Report on horse surra - Volume I
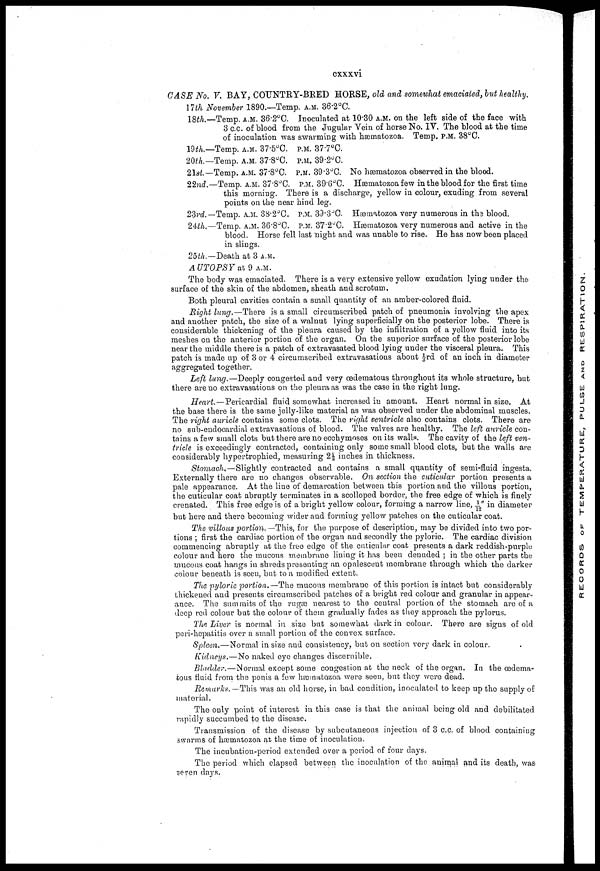
cxxxvi
CASE No. 7. BAY, COUNTRY-BRED HORSE, old and somewhat emaciated, but healthy.
17 th November 1890.—Temp. A.M. 36.2°C.
18th.— Temp. A.M. 36.2°C. Inoculated at 10.30 A.M. on the left side of the face with
3 c.c. of blood from the Jugular Vein of horse No. IV. The blood at the time
of inoculation was swarming with hæmatozoa. Temp. P.M. 38°C.
19th.—Temp. A.M. 37.5°C. P.M. 37.7°C.
20th.—Temp. A.M. 37.8°C. P.M. 39.2°C.
21st — Temp. A.M. 37.8°C. P.M. 39.3°C. No hæmatozoa observed in the blood.
22nd.—Temp. A.M. 37.8°C. P.M. 39.6°C. Hæmatozoa f ew in the blood for the first time
this morning. There is a discharge, yellow in colour, exuding from several
points on the near hind leg.
23rd.— Temp. A.M. 38.2°C. P.M. 39.3°C. Hætnatozoa very numerous in the blood.
24th.—Temp. A.M. 36.8°C. P.M. 37.2°C. Hæmatozoa very numerous and active in the
blood. Horse fell last night and was unable to rise. He has now been placed
in slings.
25th.—Death at 3 A.M.
A UTOPSY at 9 A.M.
The body was emaciated. There is a very extensive yellow exudation lying under the
surface of the skin of the abdomen, sheath and scrotum.
Both pleural cavities contain a small quantity of an amber-colored fluid.
Might lung.—There is a small circumscribed patch of pneumonia involving the apex
and another patch, the size of a walnut lying superficially on the posterior lobe. There is
considerable thickening of the pleura caused by the infiltration of a yellow fluid into its
meshes on the anterior portion of the organ. On the superior surface of the posterior lobe
near the middle there is a patch of extravasated blood lying under the visceral pleura. This
patch is made up of 3 or 4 circumscribed extravasations about 1/3 rd of an inch in diameter
aggregated together.
Left lung.—Deeply congested and very œdematous throughout its whole structure, but
there are no extravasations on the pleura as was the case in the right lung.
Heart.—Pericardial fluid somewhat increased in amount. Heart normal in size. At
the base there is the same jelly-like material as was observed under the abdominal muscles.
The right auricle contains some clots. The right ventricle also contains clots. There are
no sub-endocarclial extravasations of blood. The valves are healthy. The left auricle con-
tains a few small clots but there are no ecchymoses on its walls. The cavity of the left ven-
tricle is exceedingly contracted, containing only some small blood clots, but the walls are
considerably hypertrophied, measuring 2½ inches in thickness.
Stomach.—Slightly contracted and contains a small quantity of semi-fluid ingesta.
Externally there are no changes observable. On section the cuticular portion presents a
pale appearance. At the line of demarcation between this portion and the villous portion,
the cuticular coat abruptly terminates in a scolloped border, the free edge of which is finely
crenated. This free edge is of a bright yellow colour, forming a narrow line, 1/12" in diameter
but here and there becoming wider and forming yellow patches on the cuticular coat.
The villous portion.— This, for the purpose of description, may be divided into two por-
tions ; first the cardiac portion of the organ and secondly the pyloric. The cardiac division
commencing abruptly at the free edge of the cuticular coat presents a dark reddish-purple
colour and here the mucous membrane lining it has been denuded ; in the other parts the
mucous coat hangs in shreds presenting an opalescent membrane through which the darker
colour beneath is seen, but to a modified extent.
The pyloric portion.—The mucous membrane of this portion is intact but considerably
thickened and presents circumscribed patches of a bright red colour and granular in appear-
ance. The summits of the rugæ nearest to the central portion of the stomach are of a
deep red colour but the colour of them gradually fades as they approach the pylorus.
The Liver is normal in size but somewhat dark in colour. There are signs of old
peri-hepatitis over a small portion of the convex surface.
Spleen.— Normal in size and consistency, but on section very dark in colour.
Kidneys.—No naked eye changes discernible.
Bladder.—Normal except some congestion at the neck of the organ. In the œdema-
tous fluid from the penis a few hæmatozoa were seen, but they were dead.
Remarks.—This was an old horse, in bad condition, inoculated to keep up the supply of
material.
The only point of interest in this case is that the animal being old and debilitated
rapidly succumbed to the disease.
Transmission of the disease by subcutaneous injection of 3 c.c. of blood containing
swarms of hærnatozoa at the time of inoculation.
The incubation-period extended over a period of four days.
The period which elapsed between the inoculation of the animal and its death, was
seven days.